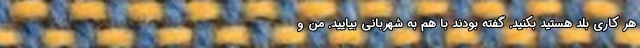
هر کاری بلد هستید بکنید. گفته بودند با هم به شهربانی بیایید. من و